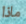
ماذا